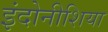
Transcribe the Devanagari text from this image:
इंदोनीशिया